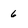
Character: 6